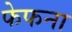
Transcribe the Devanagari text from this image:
फेफना